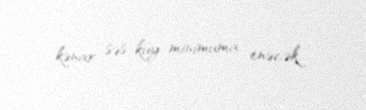
kənar səs-küy minimuma enəcək.